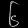
Digit: ၆